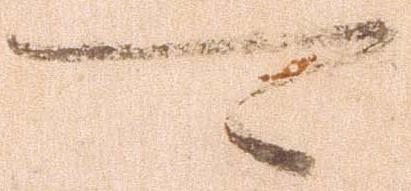
可